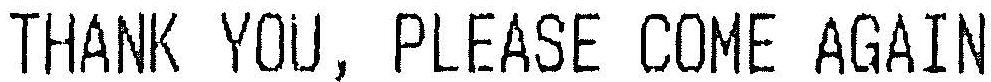
THANK YOU, PLEASE COME AGAIN